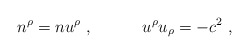
\begin{align*}n^\rho= nu^\rho\ ,\qquad\quad u^\rho u_\rho=-c^2 \ ,\end{align*}